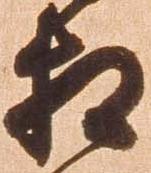
相